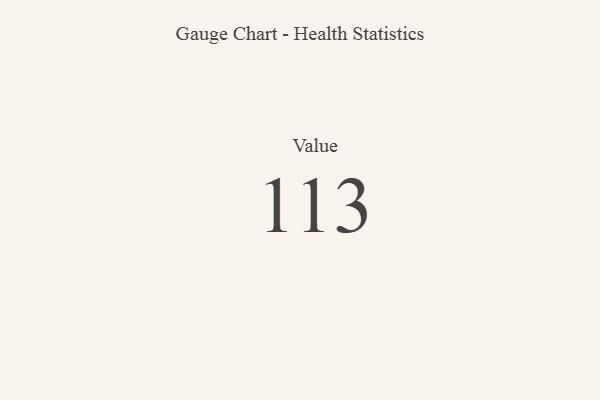
{"axis": {"x": "Metric", "y": "Value"}, "legend": [""], "data": [{"x": "Value", "y": 113, "type": ""}]}